NAE_ERA_R-2324_Eesti_Vabariigi_Pohiseaduslik_Assamblee, lk 81
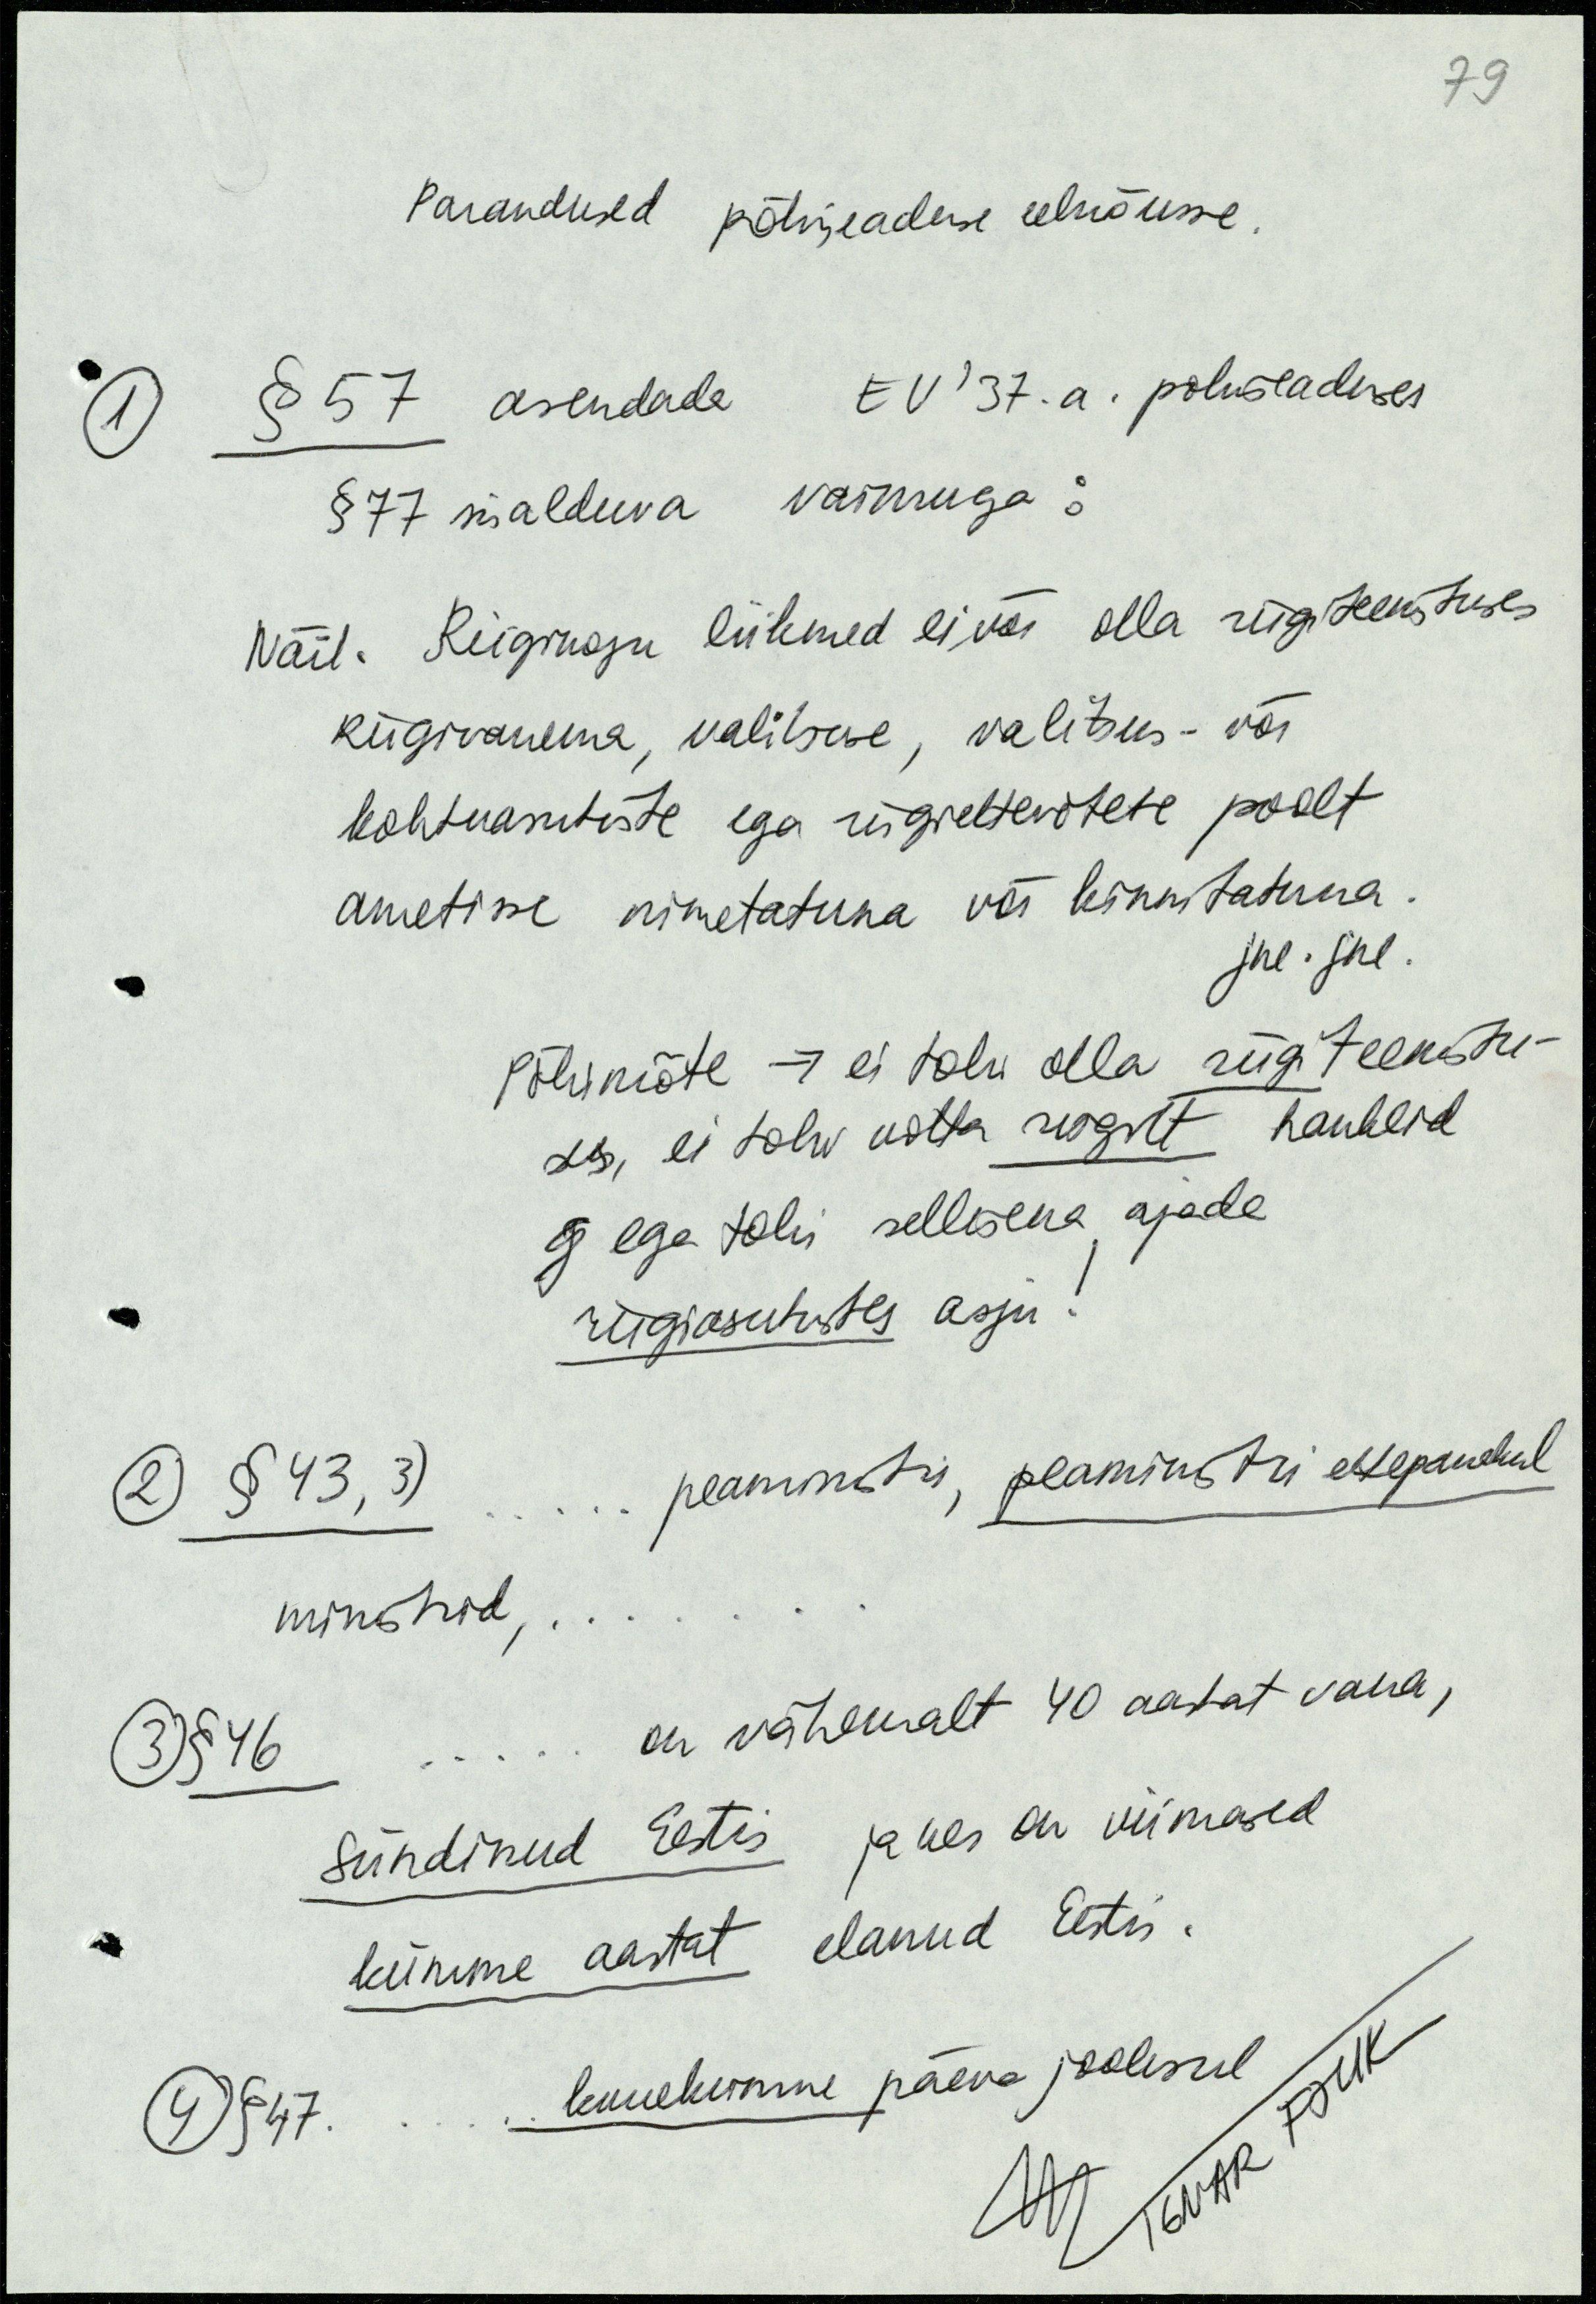
79
Parandused põhiseaduse eelnõusse.
1 §57 asendada EV' 37.a. pohiseaduses
§77 sisalduva vaimuga:
Näit. Riigikogu liikmed ei või olla riigiteenistuses
Riigivanema, valitsuse, valitsus- või
kohtuasutiste ega riigiettevõtete poolt
ametisse nimetatuna või kinnitatuna.
jne. jne.
Põhtmõte -> ei tohi olla riigiteenistu-
ses, ei tohi votta riigilt hankeid
eg ega tohi sellisena ajada
riigiasutustes asju!
2 §43, 3) ..... peaministri, peaministri ettepanekul
ministrid, ....
3 §46 ...... on vähemalt 40 aastat vana,
sündinud Eestis ja kes on viimased
kümme aastat elanud Eestis.
4 §47. ..... kuuekumne päeva jooksul
IGNAR FJUK